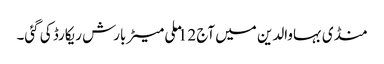
منڈی بہاوالدین میں آج 12 ملی میٹر بارش ریکارڈ کی گئی۔